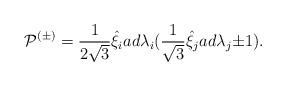
LaTeX: \begin{align*}{\cal P}^{(\pm)}=\frac{1}{2\sqrt{3}}{\hat{\xi}}_iad{\lambda}_i(\frac{1}{\sqrt 3}\hat{\xi}_jad{\lambda}_j{\pm}1).\end{align*}